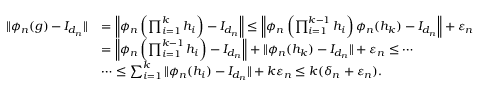
\begin{array} { r l } { \| \phi _ { n } ( g ) - I _ { d _ { n } } \| } & { = \left\| \phi _ { n } \left( \prod _ { i = 1 } ^ { k } h _ { i } \right) - I _ { d _ { n } } \right\| \leq \left\| \phi _ { n } \left( \prod _ { i = 1 } ^ { k - 1 } h _ { i } \right) \phi _ { n } ( h _ { k } ) - I _ { d _ { n } } \right\| + \varepsilon _ { n } } \\ & { = \left\| \phi _ { n } \left( \prod _ { i = 1 } ^ { k - 1 } h _ { i } \right) - I _ { d _ { n } } \right\| + \| \phi _ { n } ( h _ { k } ) - I _ { d _ { n } } \| + \varepsilon _ { n } \leq \cdots } \\ & { \cdots \leq \sum _ { i = 1 } ^ { k } \| \phi _ { n } ( h _ { i } ) - I _ { d _ { n } } \| + k \varepsilon _ { n } \leq k ( \delta _ { n } + \varepsilon _ { n } ) . } \end{array}